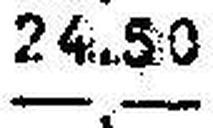
—.—